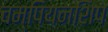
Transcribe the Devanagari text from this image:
चम्पियनशिप